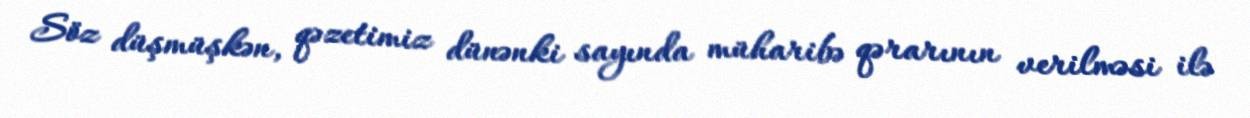
Söz düşmüşkən, qəzetimiz dünənki sayında müharibə qərarının verilməsi ilə